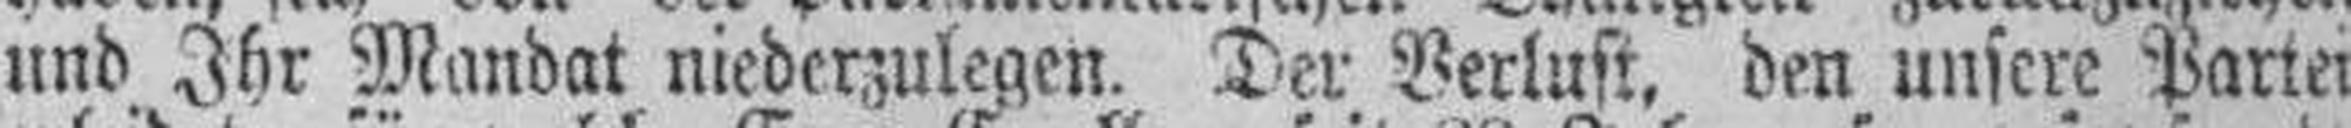
und Ihr Mandat niederzulegen. Der Verlust, den unfere Partei